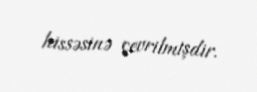
hissəsinə çevrilmişdir.